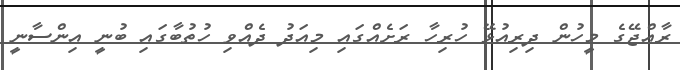
ރާއްޖޭގެ މީހުން ދިރިއުޅޭ ހުރިހާ ރަށެއްގައި މިއަދު ދެއްވި ހުތުބާގައި ބުނީ އިންސާނީ